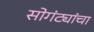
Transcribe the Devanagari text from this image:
सोगंट्यांचा